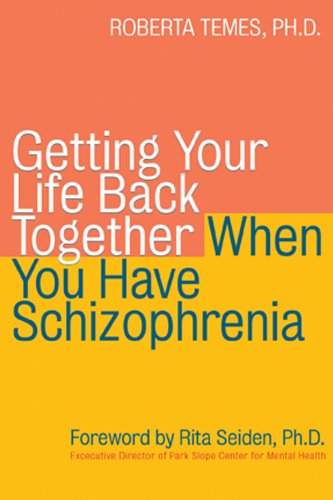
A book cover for Getting Your Life Back Together When You Have Schizophrenia; Roberta Temes; Health, Fitness & Dieting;